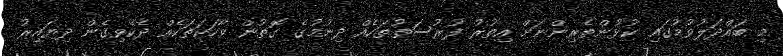
މި ބައްދަލުވުމުގައި ކުޅުންތެރިންނަށް އިތުރު ފުރުސަތުތަކެއް ދިނުމުގެ ގޮތުން ވާހަކަތަކެއް ދެކެވިގެން ދިޔައިރު